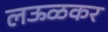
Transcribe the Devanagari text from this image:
लऊळकर